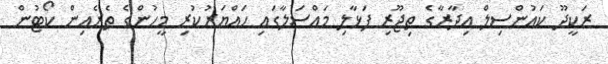
ރަކީދޫ ކައުންސިލް އިދާރާގެ ތިޖޫރި ފަޅާލި މައްސަލާގައި ހައްޔަރުކުރި މީހުންގެ ތެރެއިން ކޯޓުން